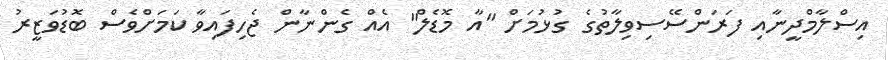
އިސްލާމްދީނާއި ފަރަންސޭސިވިލާތުގެ ގުޅުމަށް "އާ މޮޑެލް" އެއް ގެންނާން ޖެހިފައިވާ ކަމަށްވެސް ބޮޑުވަޒީރު